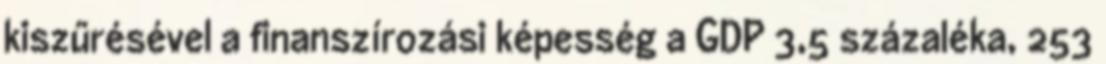
kiszűrésével a finanszírozási képesség a GDP 3,5 százaléka, 253